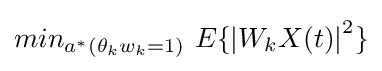
\textstyle min_{a^{*}(\theta _{k}w_{k}=1)}\ E\{\left|W_{k}X(t)\right|^{2}\}